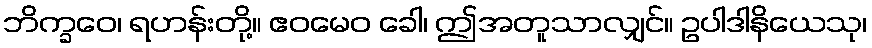
ဘိက္ခဝေ၊ ရဟန်းတို့။ ဧဝမေဝ ခေါ၊ ဤအတူသာလျှင်။ ဥပါဒါနိယေသု၊